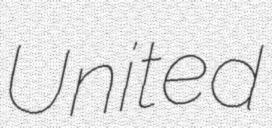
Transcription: United